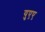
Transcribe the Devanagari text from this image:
युएए